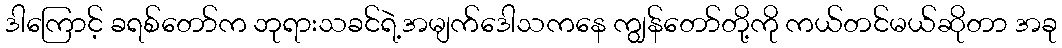
ဒါကြောင့် ခရစ်တော်က ဘုရားသခင်ရဲ့အမျက်ဒေါသကနေ ကျွန်တော်တို့ကို ကယ်တင်မယ်ဆိုတာ အခု